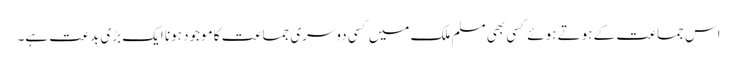
اس جماعت کے ہوتے ہوئے کسی بھی مسلم ملک میں کسی دوسری جماعت کا موجود ہونا ایک بڑی بدعت ہے۔